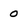
Character: 0